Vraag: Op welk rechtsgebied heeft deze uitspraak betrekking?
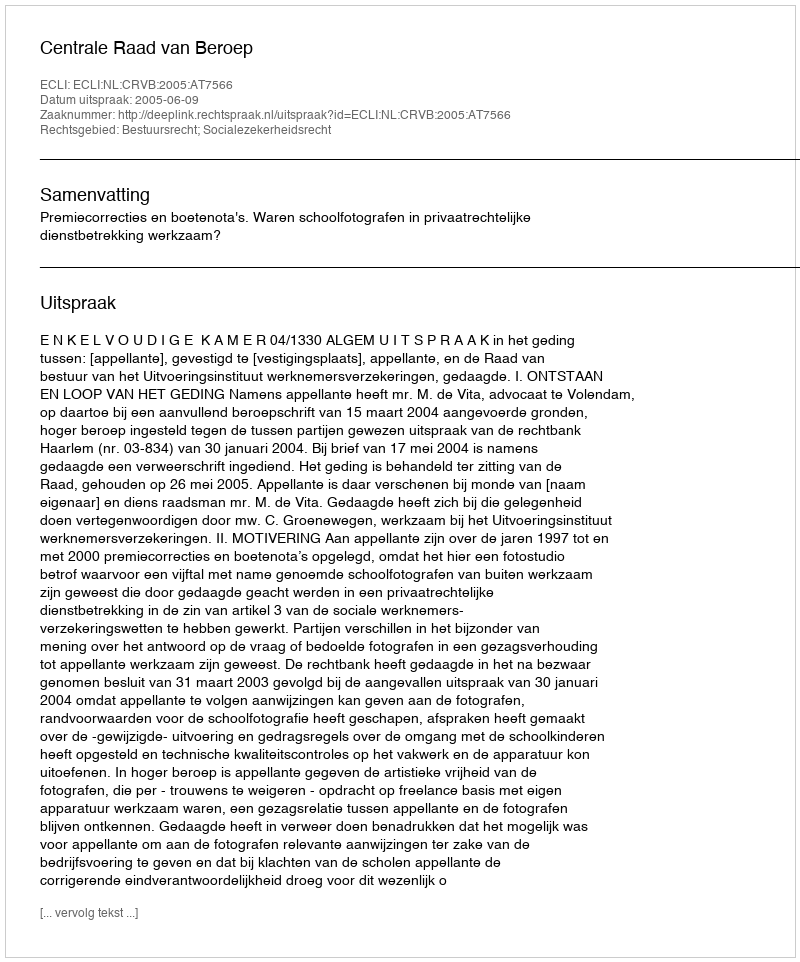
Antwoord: Bestuursrecht; Socialezekerheidsrecht